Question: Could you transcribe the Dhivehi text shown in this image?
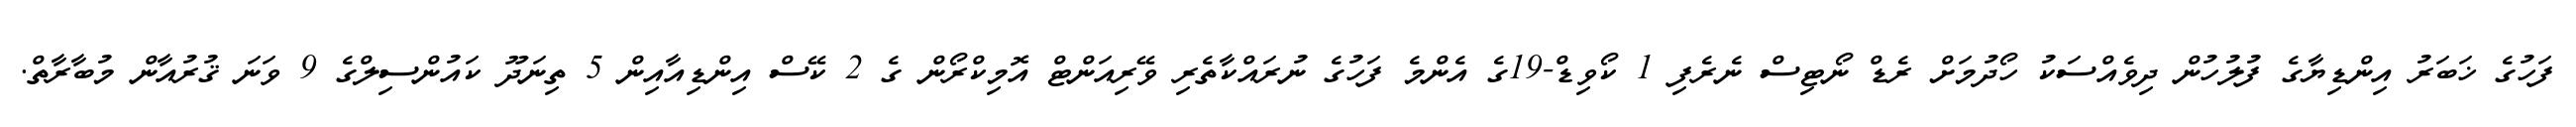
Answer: ފަހުގެ ޚަބަރު އިންޑިޔާގެ ފުލުހުން ދިވެއްސަކު ހޯދުމަށް ރެޑް ނޯޓިސް ނެރެފި 1 ކޯވިޑް-19ގެ އެންމެ ފަހުގެ ނުރައްކާތެރި ވޭރިއަންޓް އޮމިކްރޯން ގެ 2 ކޭސް އިންޑިއާއިން 5 ތިނަދޫ ކައުންސިލްގެ 9 ވަނަ ޤުރުއާން މުބާރާތް.